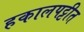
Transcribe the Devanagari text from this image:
हकालपट्टीत